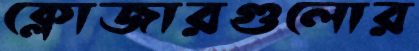
ক্লোজারগুলোর